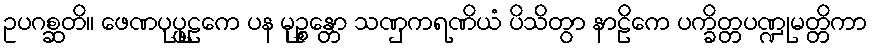
ဥပဂစ္ဆတိ။ ဖေဏပုပ္ဖုဠကေ ပန မုဉ္စန္တော သဏှကရဏိယံ ပိသိတွာ နာဠိကေ ပက္ခိတ္တပဏ္ဍုမတ္တိကာ